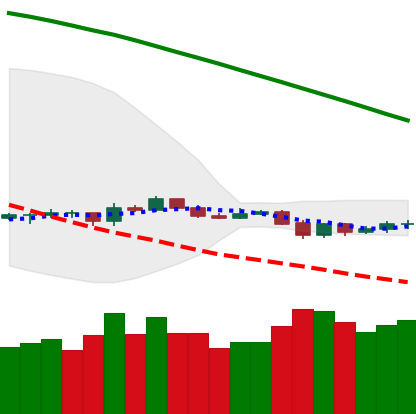
Ticker: LTC-USD
Chart end date: 2019-10-21
Forward return: 3.344%
Label: up_3_5